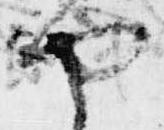
や